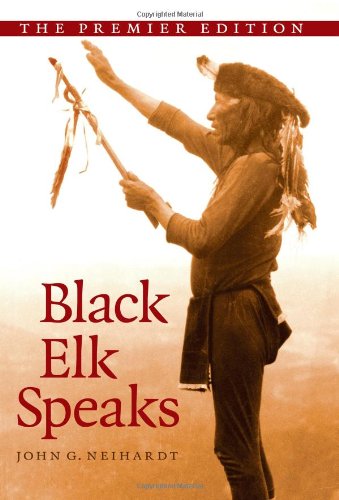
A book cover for Black Elk Speaks: Being the Life Story of a Holy Man of the Oglala Sioux, The Premier Edition; John G. Neihardt; Biographies & Memoirs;